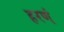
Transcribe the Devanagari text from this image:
हरणं